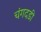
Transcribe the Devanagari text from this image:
चंगदडी